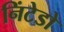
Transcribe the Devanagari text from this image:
निंटेडो